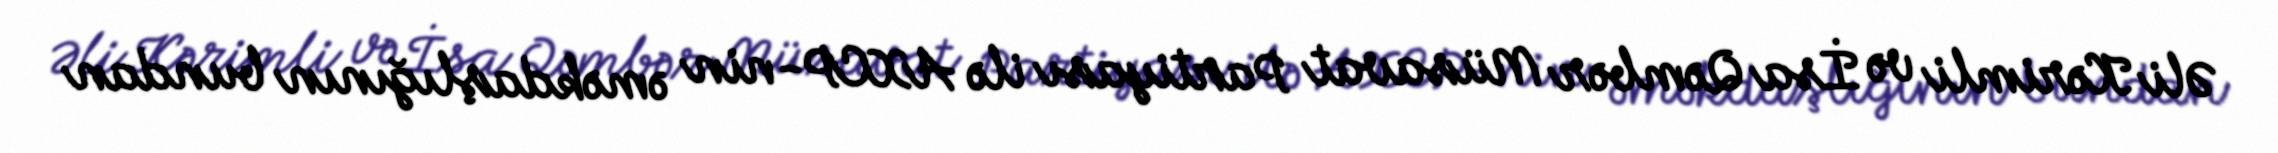
Əli Kərimli və İsa Qəmbər Müsavat Partiyası ilə AXCP-nin əməkdaşlığının bundan